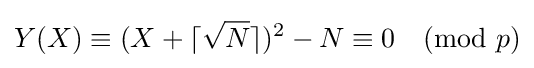
Y(X)\equiv (X+\lceil {\sqrt {N}}\rceil )^{2}-N\equiv 0{\pmod {p}}